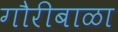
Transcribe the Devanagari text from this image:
गौरीबाळा